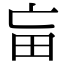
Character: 𤰡